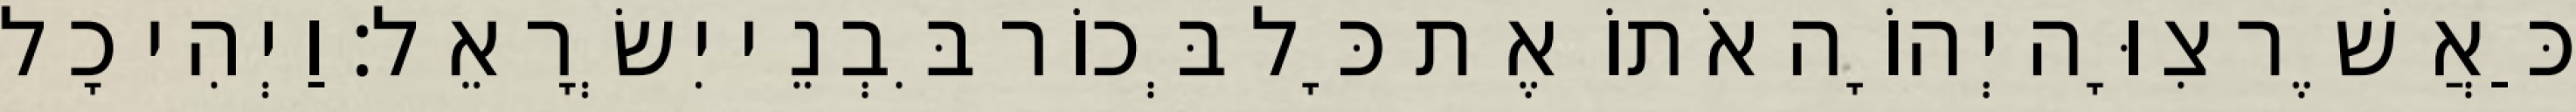
כַּאֲשֶׁר צִוָּה יְהוָֹה אֹתוֹ אֶת כָּל בְּכוֹר בִּבְנֵי יִשְׂרָאֵל׃ וַיְהִי כָל